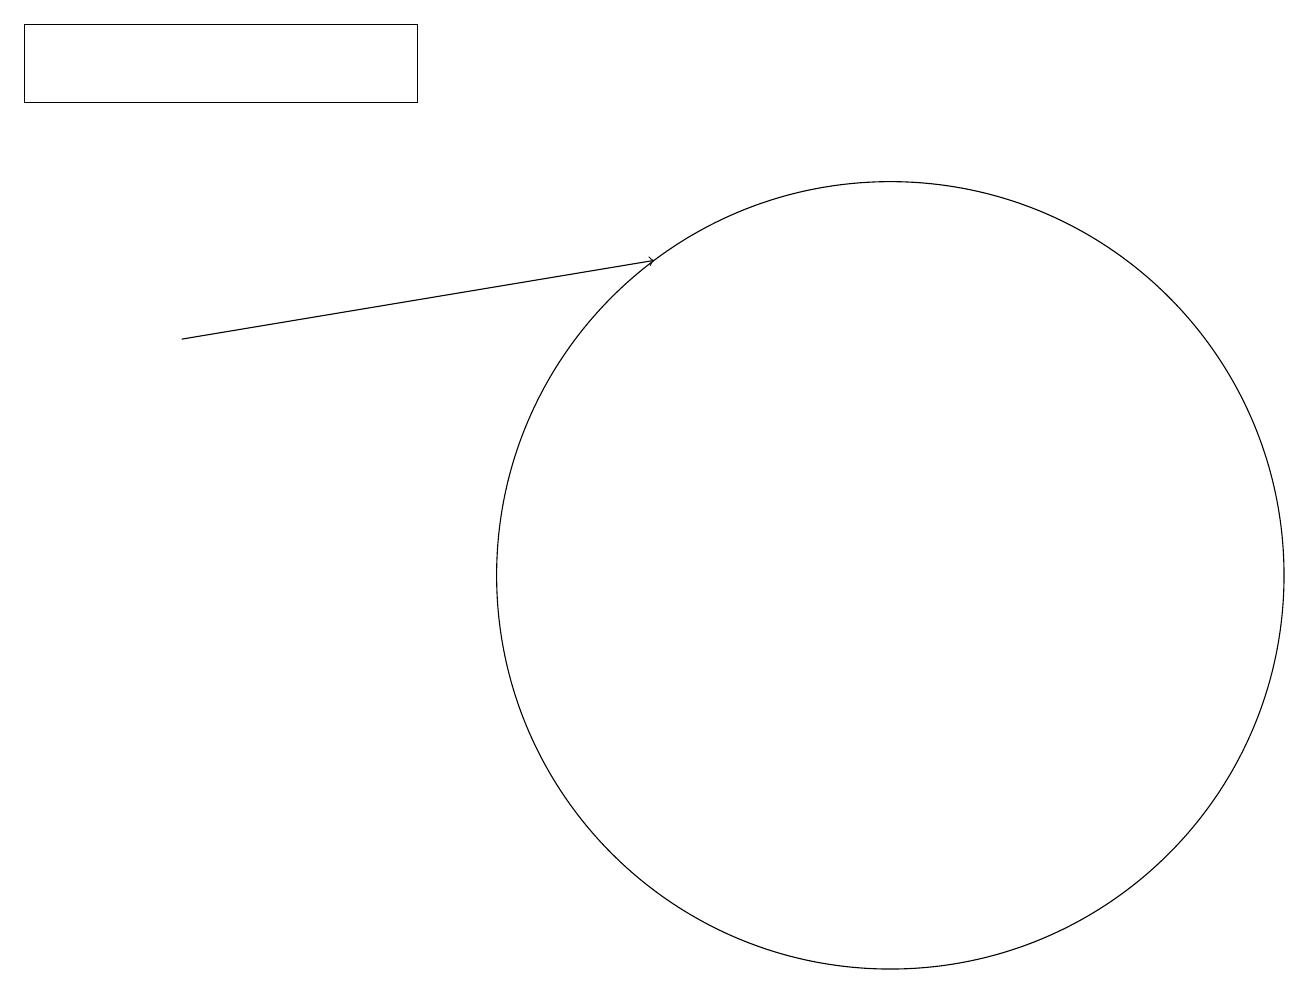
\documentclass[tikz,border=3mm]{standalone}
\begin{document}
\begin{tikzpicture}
\draw (0,18) rectangle (5,19);
\draw (10,11) circle (0);
\draw[->] (2,15) -- (8,16);
\draw (11,12) circle (5);
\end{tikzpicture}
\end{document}